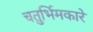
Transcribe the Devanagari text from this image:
चतुर्भिमकारे